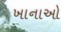
ખાનાઓ